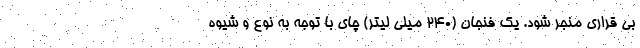
بی قراری منجر شود. یک فنجان (240 میلی لیتر) چای با توجه به نوع و شیوه